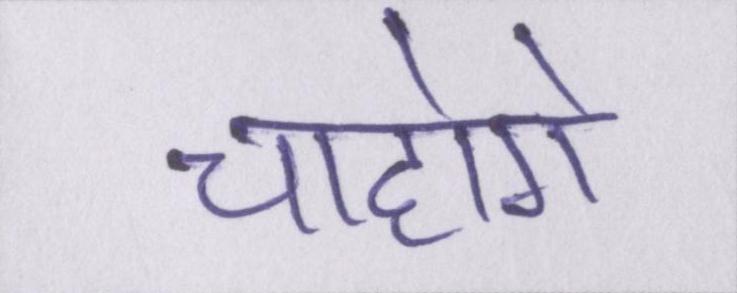
चाहोगे